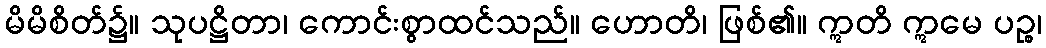
မိမိစိတ်၌။ သုပဋ္ဌိတာ၊ ကောင်းစွာထင်သည်။ ဟောတိ၊ ဖြစ်၏။ ဣတိ ဣမေ ပဉ္စ၊